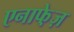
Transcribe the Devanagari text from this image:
एनाफे़ज़